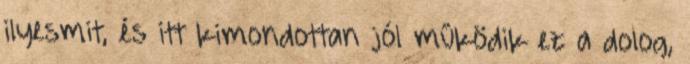
ilyesmit, és itt kimondottan jól működik ez a dolog,